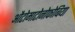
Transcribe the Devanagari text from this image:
औटोमाटोनोफोबिया